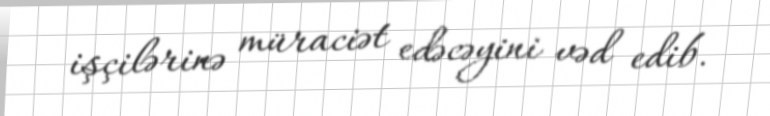
işçilərinə müraciət edəcəyini vəd edib.